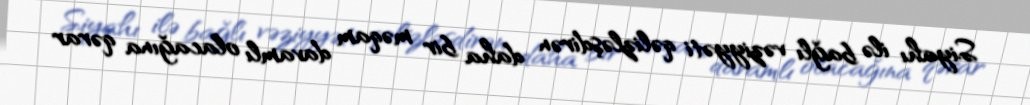
Siyahı ilə bağlı vəziyyəti qəlizləşdirən daha bir məqam davamlı olacağına qərar